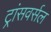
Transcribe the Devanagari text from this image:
ट्रांसवर्सल